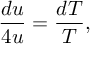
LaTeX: { \frac { d u } { 4 u } } = { \frac { d T } { T } } ,